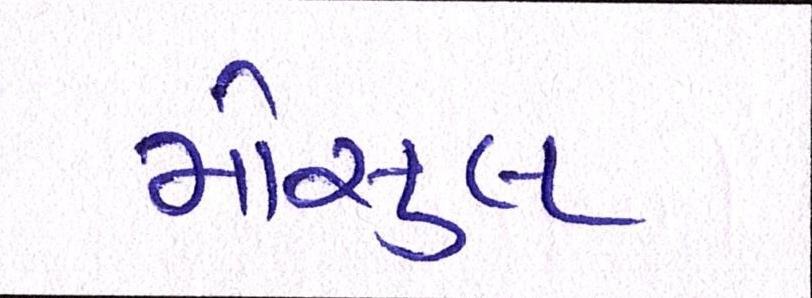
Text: મોસુલ